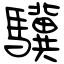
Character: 驥